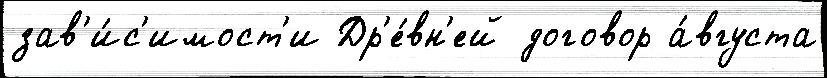
зав'и́с'имост'и Др'е́вн'ей договор а́вгуста